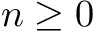
n \geq 0